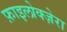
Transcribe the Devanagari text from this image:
फ़ाइलोक्ज़ेरा